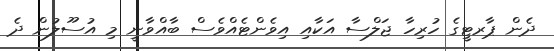
ދެން ޕާރޓީގެ ހުރިހާ ޖަލްސާ އަކާއި އިވެންޓެއްވެސް ބާއްވާނީ މި އުސޫލުން ދެ